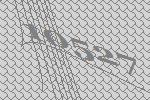
10527